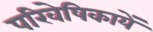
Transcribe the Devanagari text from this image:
परिवेषिकायें